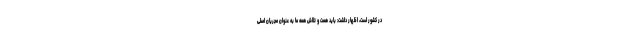
در کشور است، اظهار داشت: باید همت و تلاش همه ما به عنوان مجریان اصلی